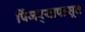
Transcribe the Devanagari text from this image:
पिंजर्‍यापासून